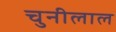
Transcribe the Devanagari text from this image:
चुनीलाल